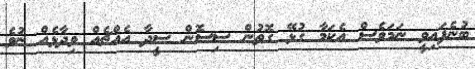
ބުނެފައިވީ ނަމަވެސް އެކަމާ ގުޅޭ ގޮތުން ސިސޮން ސީދާ އެއްޗެއް ވިދާޅެއް ނުވެ